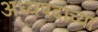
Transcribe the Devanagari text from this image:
अध्यपदाच्या